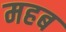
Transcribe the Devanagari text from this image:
महब